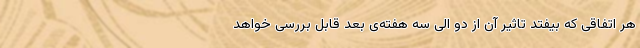
هر اتفاقی که بیفتد تاثیر آن از دو الی سه هفته‌ی بعد قابل بررسی خواهد